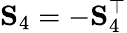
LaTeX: \mathbf{S}_{4}=-\mathbf{S}_{4}^{\top}